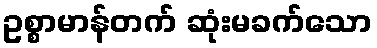
ဥစ္စာမာန်တက် ဆုံးမခက်သော